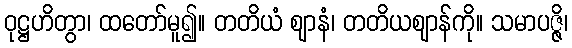
ဝုဋ္ဌဟိတွာ၊ ထတော်မူ၍။ တတိယံ ဈာနံ၊ တတိယဈာန်ကို။ သမာပဇ္ဇိ၊